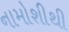
નામોશીથી